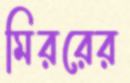
মিররের